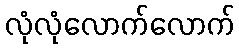
လုံလုံလောက်လောက်